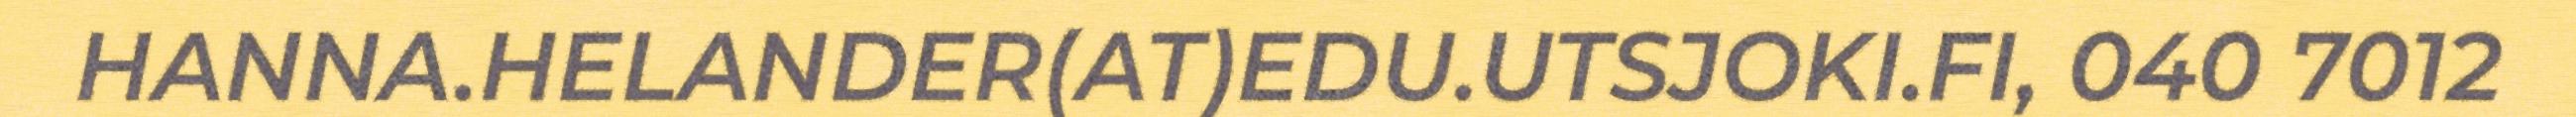
HANNA.HELANDER(AT)EDU.UTSJOKI.FI, 040 7012